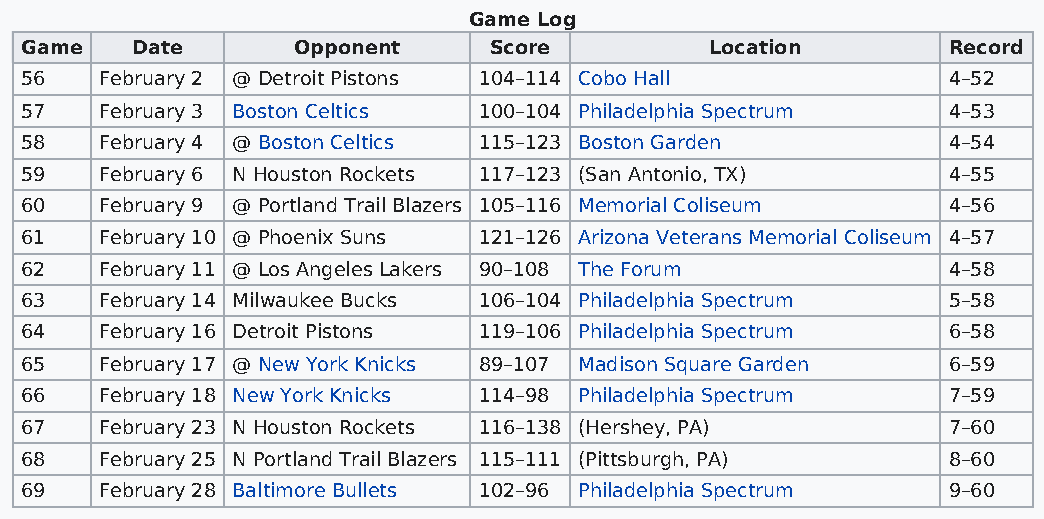
Game Log
 Game    Date      Opponent     Score          Location        Record
 56    February 2 @ Detroit Pistons 104–114 Cobo Hall          4–52
 57    February 3 Boston Celtics 100–104 Philadelphia Spectrum 4–53
 58    February 4 @ Boston Celtics 115–123 Boston Garden       4–54
 59    February 6 N Houston Rockets 117–123 (San Antonio, TX)  4–55
 60    February 9 @ Portland Trail Blazers 105–116 Memorial Coliseum 4–56
 61    February 10 @ Phoenix Suns 121–126 Arizona Veterans Memorial Coliseum 4–57
 62    February 11 @ Los Angeles Lakers 90–108 The Forum       4–58
 63    February 14 Milwaukee Bucks 106–104 Philadelphia Spectrum 5–58
 64    February 16 Detroit Pistons 119–106 Philadelphia Spectrum 6–58
 65    February 17 @ New York Knicks 89–107 Madison Square Garden 6–59
 66    February 18 New York Knicks 114–98 Philadelphia Spectrum 7–59
 67    February 23 N Houston Rockets 116–138 (Hershey, PA)     7–60
 68    February 25 N Portland Trail Blazers 115–111 (Pittsburgh, PA) 8–60
 69    February 28 Baltimore Bullets 102–96 Philadelphia Spectrum 9–60